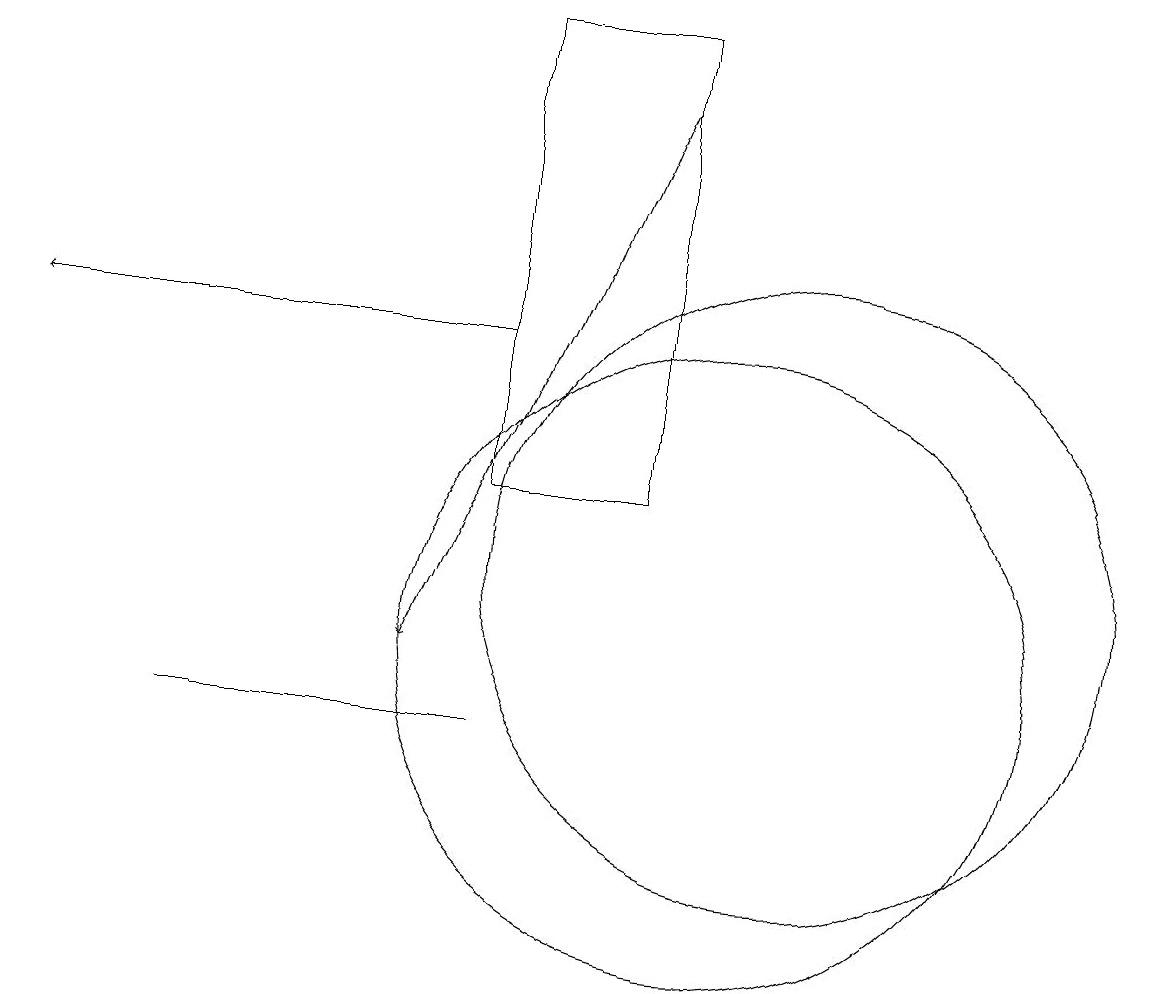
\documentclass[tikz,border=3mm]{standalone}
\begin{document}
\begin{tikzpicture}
\draw (7,18) rectangle (9,12);
\draw (10,10) circle (4);
\draw (11,11) circle (4);
\draw[->] (7,14) -- (1,14);
\draw[->] (9,17) -- (6,10);
\draw (7,9) -- (5,9) -- (3,9) -- cycle;
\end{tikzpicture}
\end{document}